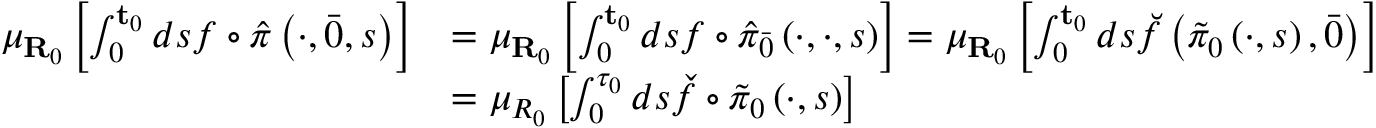
\begin{array} { r l } { \mu _ { \mathbf { R } _ { 0 } } \left[ \int _ { 0 } ^ { \mathbf { t } _ { 0 } } d s f \circ \hat { \pi } \left( \cdot , \bar { 0 } , s \right) \right] } & { = \mu _ { \mathbf { R } _ { 0 } } \left[ \int _ { 0 } ^ { \mathbf { t } _ { 0 } } d s f \circ \hat { \pi } _ { \bar { 0 } } \left( \cdot , \cdot , s \right) \right] = \mu _ { \mathbf { R } _ { 0 } } \left[ \int _ { 0 } ^ { \mathbf { t } _ { 0 } } d s \breve { f } \left( \tilde { \pi } _ { 0 } \left( \cdot , s \right) , \bar { 0 } \right) \right] } \\ & { = \mu _ { R _ { 0 } } \left[ \int _ { 0 } ^ { \tau _ { 0 } } d s \check { f } \circ \tilde { \pi } _ { 0 } \left( \cdot , s \right) \right] } \end{array}